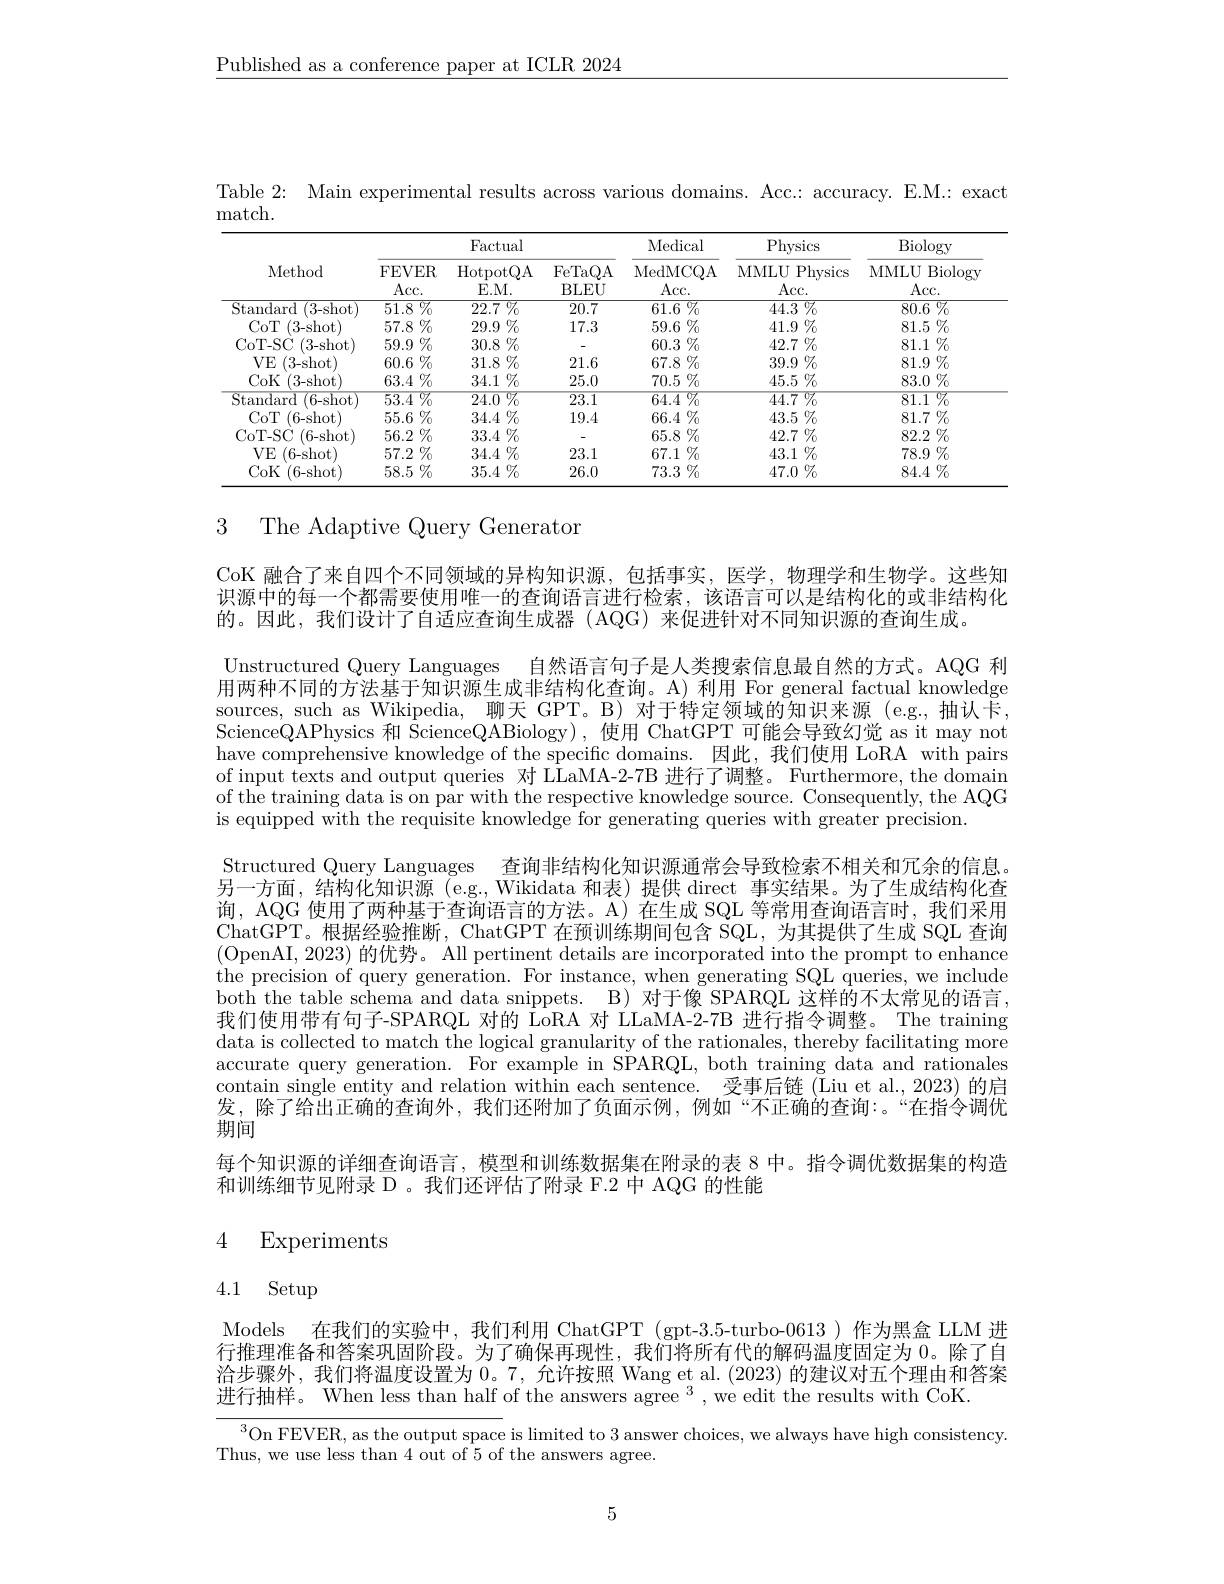
$\underline{\text{Published as a conference paper at ICLR 2024}}$

Table 2: Main experimental results across various domains. Acc.: accuracy. E.M.: exact

match.
<table>
	<tbody>
		<tr>
			<th rowspan="2">Method</th>
			<th colspan="3">Factual</th>
			<th rowspan="2">Medical MedMCQA Acc. </th>
			<th rowspan="2">Physics MMLU Physics Acc. </th>
			<th rowspan="2">Biology Biology MMLU Acc. </th>
		</tr>
		<tr>
			<th>FEVER Acc. </th>
			<th>HotpotQA $E.M.$</th>
			<th>FeTaQA BLEU</th>
		</tr>
		<tr>
			<td>Standard 1 (3- shot</td>
			<td>$\overline{51.8\%}$</td>
			<td>$\overline{22.7\:\%}$ 1</td>
			<td>20.7</td>
			<td>$61.6\%$</td>
			<td>$44.3\%$</td>
			<td>$\overline{80.6}\%$</td>
		</tr>
		<tr>
			<td>$COT$ (3- shot)</td>
			<td>$57.8\%$</td>
			<td>$29.9\%$</td>
			<td>17.3</td>
			<td>$59.6\%$</td>
			<td>$41.9\%$</td>
			<td>$81.5\%$</td>
		</tr>
		<tr>
			<td>CoT- SC (3- shot</td>
			<td>$59.9\%$</td>
			<td>$30.8\%$</td>
			<td> </td>
			<td>60.3 $\%$</td>
			<td>42.7 $\%$</td>
			<td>81.1 $\%$</td>
		</tr>
		<tr>
			<td>$VE$ (3- shot)</td>
			<td>$60.6\%$</td>
			<td>$31.8\%$</td>
			<td>21.6</td>
			<td>$67.8\%$</td>
			<td>$39.9\%$</td>
			<td>$81.9\%$</td>
		</tr>
		<tr>
			<td>CoK (3- shot)</td>
			<td>$63.4\%$</td>
			<td>34.1 $\%$</td>
			<td>25.0</td>
			<td>$70.5\%$</td>
			<td>$45.5\%$</td>
			<td>83.0 $\%$</td>
		</tr>
		<tr>
			<td>Standard 1 (6- shot</td>
			<td>$53.4\%$</td>
			<td>$\overline{24.0}\%$</td>
			<td>$\overline{23.1}$</td>
			<td>$\overline{64.4}\%$</td>
			<td>$44.7\%$</td>
			<td>$81.1\%$</td>
		</tr>
		<tr>
			<td>$COT$ (6- shot</td>
			<td>$55.6\%$</td>
			<td>$34.4\%$</td>
			<td>19.4</td>
			<td>$66.4\%$</td>
			<td>$43.5\%$</td>
			<td>$81.7\%$</td>
		</tr>
		<tr>
			<td>CoT- SC (6- shot</td>
			<td>$56.2\%$</td>
			<td>$33.4\%$</td>
			<td> </td>
			<td>$65.8\%$</td>
			<td>42.7 $\%$</td>
			<td>82.2 $\%$</td>
		</tr>
		<tr>
			<td>$VE$ (6- shot)</td>
			<td>$57.2\%$</td>
			<td>$34.4\%$</td>
			<td>23.1</td>
			<td>67.1 $\%$ 1</td>
			<td>$43.1\%$</td>
			<td>$78.9\%$</td>
		</tr>
		<tr>
			<td>CoK (6- shot)</td>
			<td>$58.5\%$</td>
			<td>$35.4\%$</td>
			<td>26.0</td>
			<td>73.3 $\%$</td>
			<td>47.0 $\%$</td>
			<td>$84.4\%$</td>
		</tr>
	</tbody>
</table>

## 3 The Adaptive Query Generaton

CoK 融合了来自四个不同领域的异构知识源，包括事实，医学，物理学和生物学。这些知识源中的每一个都需要使用唯一的查询语言进行检索，该语言可以是结构化的或非结构化的。因此，我们设计了自适应查询生成器(AQG)来促进针对不同知识源的查询生成。
Unstructured Query Languages 自然语言句子是人类搜索信息最自然的方式。AQG 利用两种不同的方法基于知识源生成非结构化查询。A) 利用 For general factual knowledge sources, such as Wikipedia, 聊天 GPT。B) 对于特定领域的知识来源 (e.g., 抽认卡， ScienceQAPhysics 和 ScienceQABiology), 使用 ChatGPT 可能会导致幻觉 as it may not have comprehensive knowledge of the specific domains.因此，我们使用 LoRA with pairs of input texts and output queries 对 LLaMA-2-7B 进行了调整。Furthermore, the domain of the training data is on par with the respective knowledge source. Consequently, the AQG is equipped with the requisite knowledge for generating queries with greater precision.
Structured Query Languages 查询非结构化知识源通常会导致检索不相关和冗余的信息另一方面，结构化知识源(e.g.,Wikidata 和表)提供 direct 事实结果。为了生成结构化查询，AQG 使用了两种基于查询语言的方法。A) 在生成 SQL 等常用查询语言时，我们采用ChatGPT。根据经验推断，ChatGPT 在预训练期间包含 SQL, 为其提供了生成 SQL 查询(OpenAI, 2023) 的优势。All pertinent details are incorporated into the prompt to enhance the precision of query generation. For instance, when generating SQL queries, we include both the table schema and data snippets. B) 对于像 SPARQL 这样的不太常见的语言， 我们使用带有句子-SPARQL 对的 LoRA 对 LLaMA-2-7B 进行指令调整。The training data is collected to match the logical granularity of the rationales, thereby facilitating more accurate query generation. For example in SPARQL, both training data and rationales contain single entity and relation within each sentence. 受事后链 (Liu et al., 2023) 的启发，除了给出正确的查询外，我们还附加了负面示例，例如“不正确的查询：。“在指令调优期间
每个知识源的详细查询语言，模型和训练数据集在附录的表 8 中。指令调优数据集的构造
和训练细节见附录 D 。我们还评估了附录 F.2 中 AQG 的性能

## 4 Experiments

# 4.1 Setup

Models 在我们的实验中，我们利用 ChatGPT (gpt-3.5-turbo-0613)作为黑盒 LLM 进行推理准备和答案巩固阶段。为了确保再现性，我们将所有代的解码温度固定为 0。除了自治步骤外，我们将温度设置为0。7,允许按照 Wang et al.(2023) 的建议对五个理由和答案进行抽样。When less than half of the answers agree $^3$, we edit the results with CoK.

${^{3}\mathrm{On~FEVER,~as~the~output~space~}}$is limited to 3 answer choices, we always have high consistency.

Thus, we use less than 4 out of 5 of the answers agree.

5